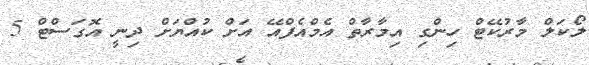
ލޯކަލް މާރުކޭޓް ހިންގި އިމާރާތް އެމްއެފްއޭ އަށް ކުއްޔަށް ދިނީ އޮގަސްޓް 5